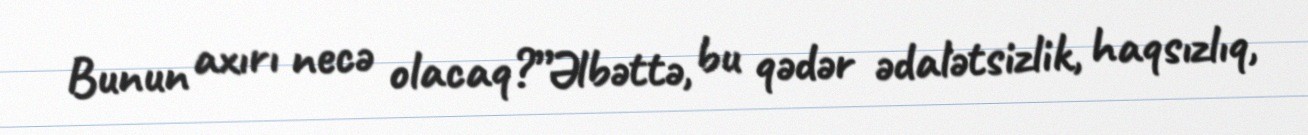
Bunun axırı necə olacaq?”Əlbəttə, bu qədər ədalətsizlik, haqsızlıq,